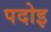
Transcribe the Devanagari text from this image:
पदोइ